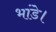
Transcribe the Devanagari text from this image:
भांडे।